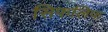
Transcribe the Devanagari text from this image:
सिफलिफ